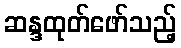
ဆန္ဒထုတ်ဖော်သည့်